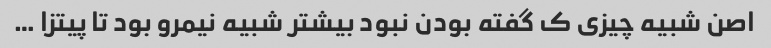
اصن شبیه چیزی ک گفته بودن نبود بیشتر شبیه نیمرو بود تا پیتزا …